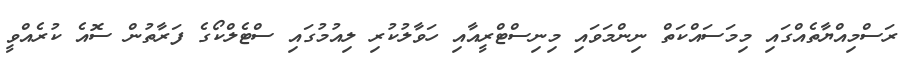
ރަސްމިއްޔާތެއްގައި މިމަސައްކަތް ނިންމަވައި މިނިސްޓްރީއާއި ހަވާލުކުރި ލިއުމުގައި ސްޓެލްކޯގެ ފަރާތުން ސޮއެ ކުރެއްވީ